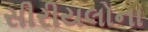
સીરીયલોના